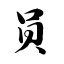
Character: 员